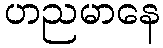
ဟညမာနေ